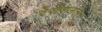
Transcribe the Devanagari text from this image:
रेसेशनल